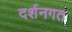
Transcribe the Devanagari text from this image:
दर्शनगत